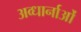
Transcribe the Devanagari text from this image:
अव्धार्नाओं